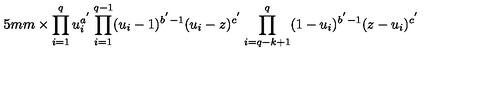
\hspace { 1 5 m m } \times \prod _ { i = 1 } ^ { q } u _ { i } ^ { a ^ { ' } } \prod _ { i = 1 } ^ { q - 1 } ( u _ { i } - 1 ) ^ { b ^ { ' } - 1 } ( u _ { i } - z ) ^ { c ^ { ' } } \prod _ { i = q - k + 1 } ^ { q } ( 1 - u _ { i } ) ^ { b ^ { ' } - 1 } ( z - u _ { i } ) ^ { c ^ { ' } }